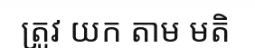
ត្រូវ យក តាម មតិ